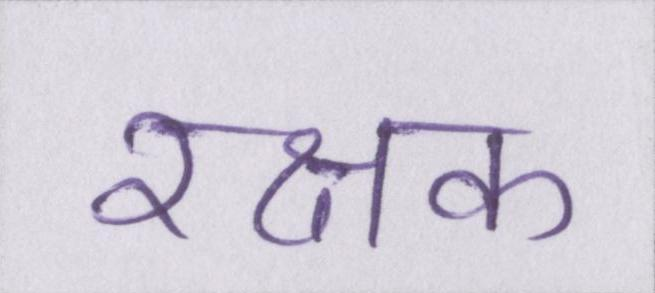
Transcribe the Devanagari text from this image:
रक्षक